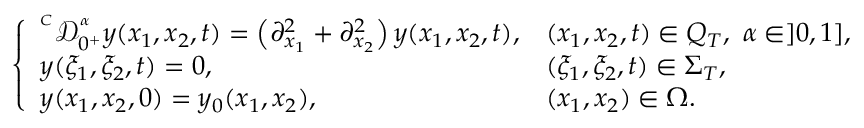
\left\{ \begin{array} { l l l l } { ^ { ^ C } \mathcal { D } _ { 0 ^ { + } } ^ { ^ \alpha } y ( x _ { 1 } , x _ { 2 } , t ) = \left( \partial _ { x _ { 1 } } ^ { 2 } + \partial _ { x _ { 2 } } ^ { 2 } \right) y ( x _ { 1 } , x _ { 2 } , t ) , } & { ( x _ { 1 } , x _ { 2 } , t ) \in Q _ { T } , \ \alpha \in ] 0 , 1 ] , } \\ { y ( \xi _ { 1 } , \xi _ { 2 } , t ) = 0 , } & { ( \xi _ { 1 } , \xi _ { 2 } , t ) \in \Sigma _ { T } , } \\ { y ( x _ { 1 } , x _ { 2 } , 0 ) = y _ { 0 } ( x _ { 1 } , x _ { 2 } ) , } & { ( x _ { 1 } , x _ { 2 } ) \in \Omega . } \end{array} \right.